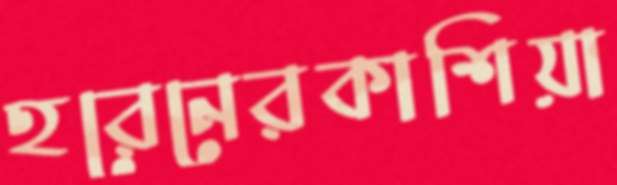
হরেনেরকাশিয়া